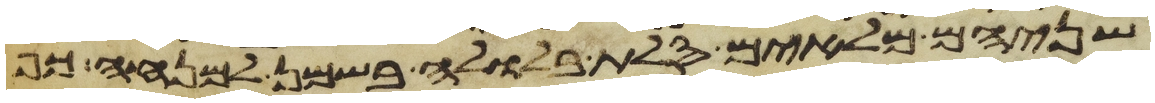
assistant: שניהם מלאים סלת בלולה בשמן למנחה כף